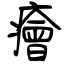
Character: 癐